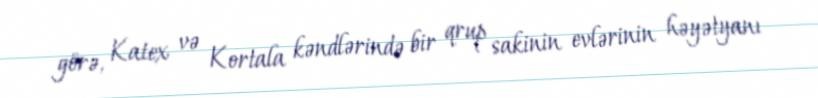
görə, Katex və Kortala kəndlərində bir qrup sakinin evlərinin həyətyanı